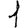
Digit: 1